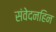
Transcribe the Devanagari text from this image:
संवेदनहिन